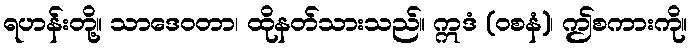
ရဟန်းတို့။ သာဒေဝတာ၊ ထိုနတ်သားသည်။ ဣဒံ (ဝစနံ)၊ ဤစကားကို။